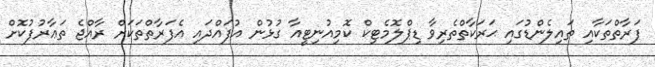
ފަރާތްތަކާއި ތައިލެންޑުގައި ޙަރަކާތްތެރިވާ ޑިޕްލޮމެޓިކް ކޮމިއުނިޓީއާ ގުޅުން އުފައްދައި އެފަރާތްތަކަށް ރާއްޖެ ތަޢާރުފުކޮށް